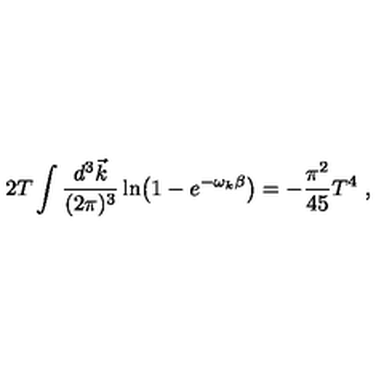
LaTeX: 2 T \int { \frac { d ^ { 3 } \vec { k } } { ( 2 \pi ) ^ { 3 } } } \ln \bigl ( 1 - e ^ { - \omega _ { k } \beta } \bigr ) = - { \frac { \pi ^ { 2 } } { 4 5 } } T ^ { 4 } \ ,